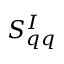
S _ { q q } ^ { I }